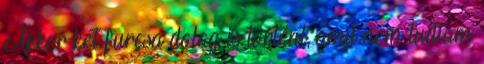
Akkor két furcsa dolog is történt, amit nem tudtam